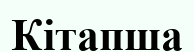
Кітапша